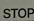
stop